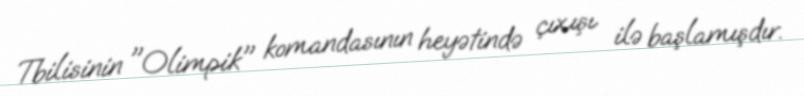
Tbilisinin "Olimpik" komandasının heyətində çıxışı ilə başlamışdır.